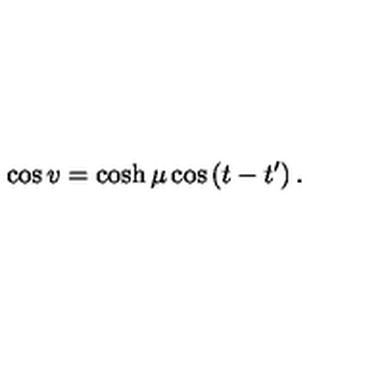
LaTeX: \cos v = \cosh \mu \cos \left( t - t ^ { \prime } \right) .